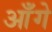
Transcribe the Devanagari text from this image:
आँगे